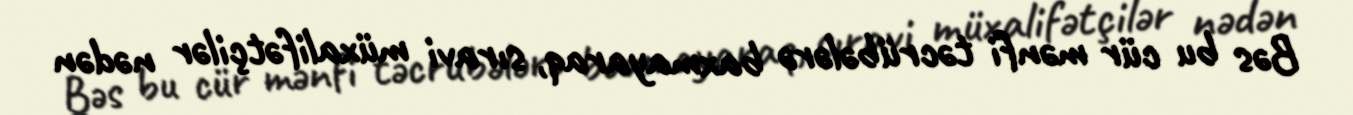
Bəs bu cür mənfi təcrübələrə baxmayaraq, sıravi müxalifətçilər nədən